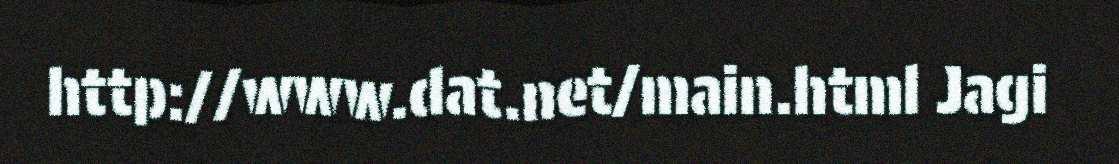
http://www.dat.net/main.html Jagi